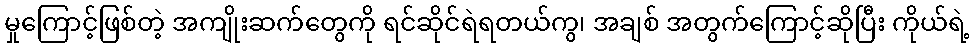
မှုကြောင့်ဖြစ်တဲ့ အကျိုးဆက်တွေကို ရင်ဆိုင်ရဲရတယ်ကွ၊ အချစ် အတွက်ကြောင့်ဆိုပြီး ကိုယ်ရဲ့